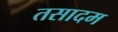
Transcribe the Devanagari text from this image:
तसादम